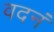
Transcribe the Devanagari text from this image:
वदनं